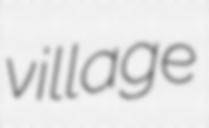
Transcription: village